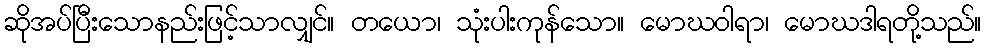
ဆိုအပ်ပြီးသောနည်းဖြင့်သာလျှင်။ တယော၊ သုံးပါးကုန်သော။ မောဃဝါရာ၊ မောဃဒါရတို့သည်။